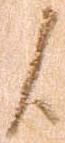
候